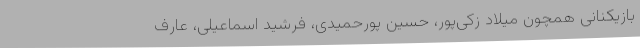
بازیکنانی همچون میلاد زکی‌پور،‌ حسین پورحمیدی، فرشید اسماعیلی، عارف